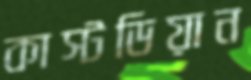
কাস্টডিয়ান